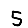
Digit: 5